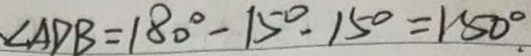
\angle A D B = 1 8 0 ^ { \circ } - 1 5 0 ^ { \circ } - 1 5 ^ { \circ } = 1 5 0 ^ { \circ } .